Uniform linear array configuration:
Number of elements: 64
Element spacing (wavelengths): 0.75
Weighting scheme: cosine
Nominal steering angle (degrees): -15
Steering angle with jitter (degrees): -13.465
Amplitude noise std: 0.05
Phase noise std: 0.05

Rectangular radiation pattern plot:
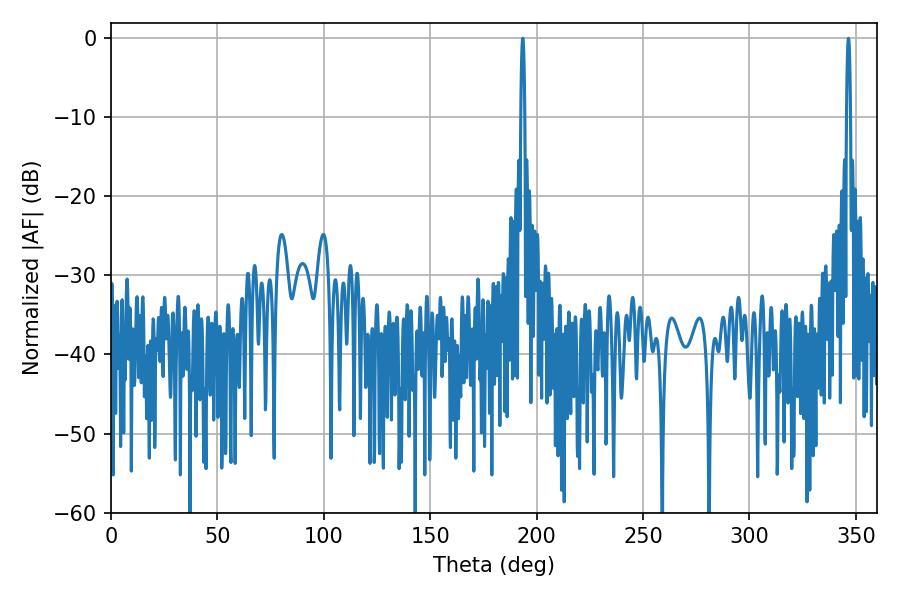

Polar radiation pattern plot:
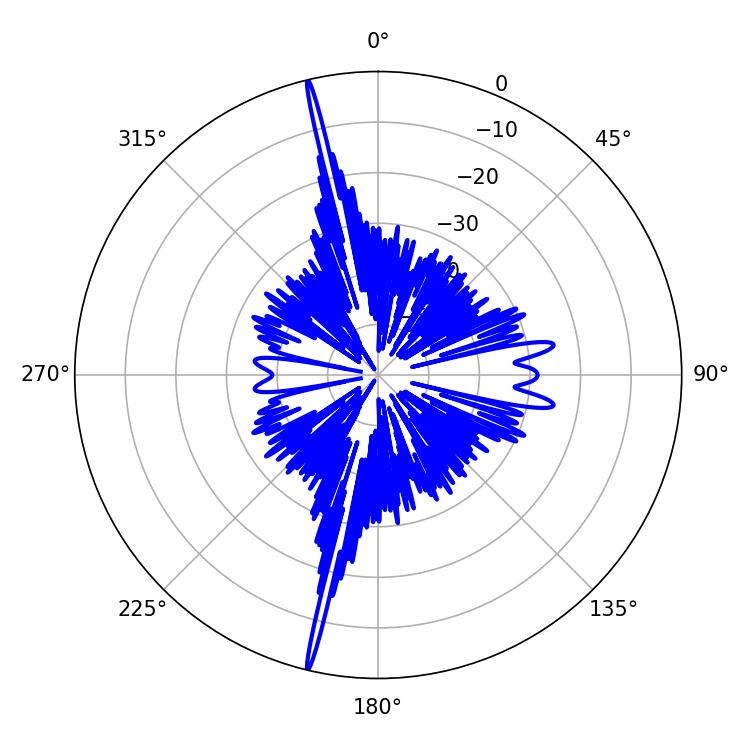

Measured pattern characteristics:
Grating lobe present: TRUE
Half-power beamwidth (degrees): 1.08
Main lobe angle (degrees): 346.5